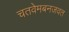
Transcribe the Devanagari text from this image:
चतवेमबनजवत